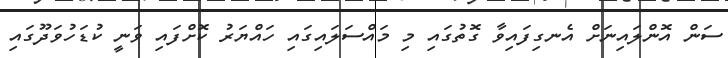
ސަން އޮންލައިނަށް އެނގިފައިވާ ގޮތުގައި މި މައްސަލައިގައި ހައްޔަރު ކޮށްފައި ވަނީ ކުޑަހުވަދޫގައި